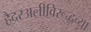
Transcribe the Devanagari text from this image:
हैदरअलीविरूद्धच्या